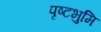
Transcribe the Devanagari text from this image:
पृष्टभुमि